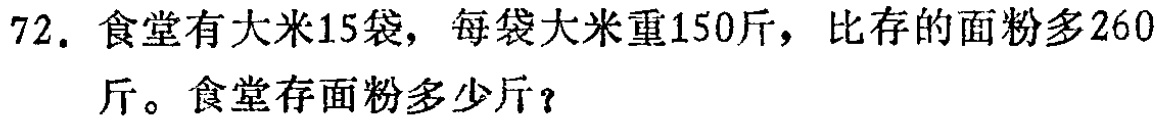
72. 食堂有大米15袋，每袋大米重150斤，比存的面粉多260斤。食堂存面粉多少斤？